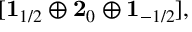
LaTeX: [ { \bf 1 } _ { 1 / 2 } \oplus { \bf 2 } _ { 0 } \oplus { \bf 1 } _ { - 1 / 2 } ] ,